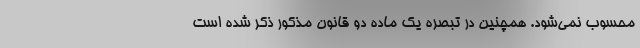
محسوب نمی‌شود. همچنین در تبصره یک ماده دو قانون مذکور ذکر شده است